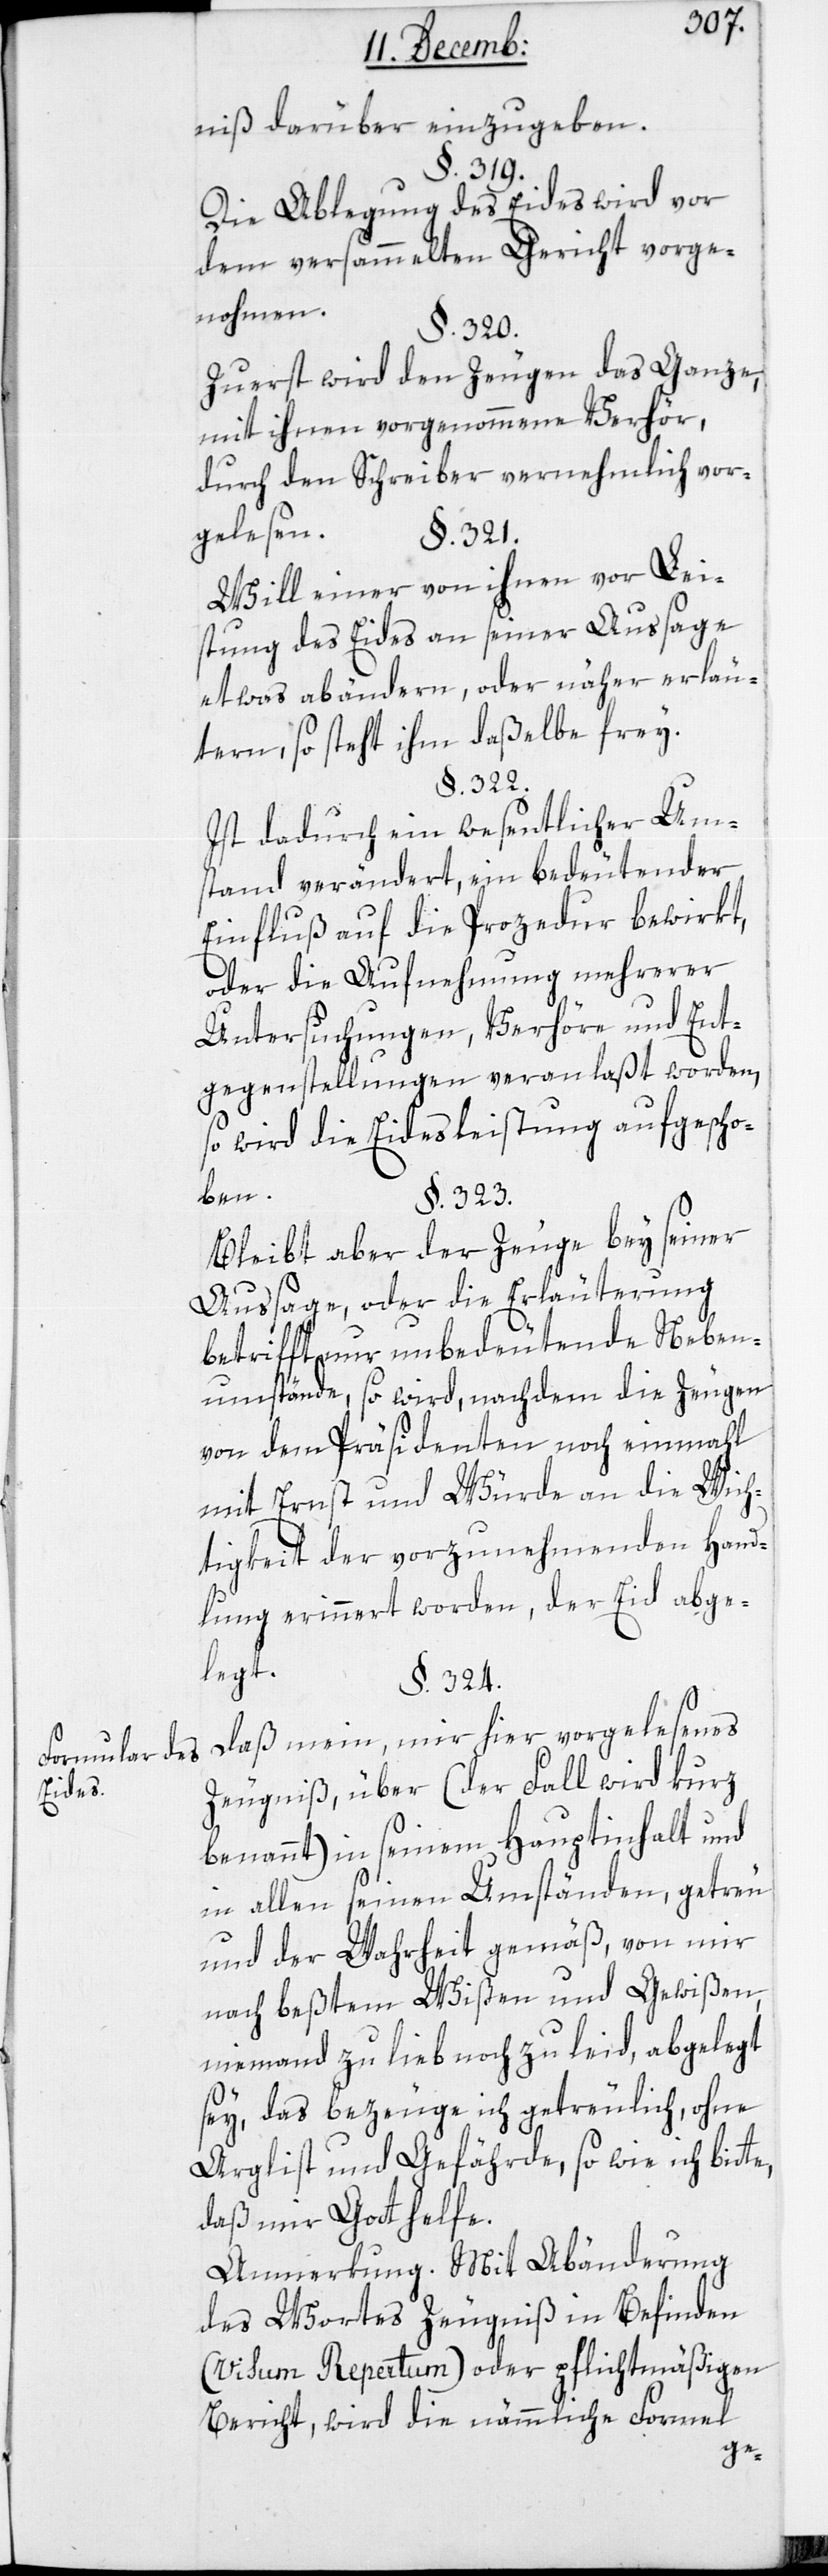
Formular des
Eides.

nis darüber einzugeben.
§. 319.
Die Ablegung des Eides wird vor
dem versammelten Gericht vorge¬
nohmen.
§. 320.
Zuerst wird den Zeugen das ganze
mit ihnen vorgenommene Verhör,
durch den Schreiber vernehmlich vor¬
gelesen.
§. 321.
Will einer von ihnen vor Lei¬
stung des Eides an seiner Aussage
etwas abändern oder näher erläu¬
tern, so steht ihm daßelbe frey.
§. 322.
Ist dadurch ein wesentlicher Um¬
stand verändert, ein bedeutender
Einfluß auf die Prozedur bewirkt,
oder die Aufnehmung mehrerer
Untersuchungen, Verhöre und Ent¬
gegenstellungen veranlaßt worden,
so wird die Eidesleistung aufgescho¬
ben.
§. 323.
Bleibt aber der Zeuge bey seiner
Aussage, oder die Erläuterung
betrifft nur unbedeutende Neben¬
umstände, so wird, nachdem die Zeugen
von dem Präsidenten noch einmahl
mit Ernst und Würde an die Wich¬
tigkeit der vorzunehmenden Hand¬
lung erinnert worden, der Eid abge¬
legt.
§. 324.
Daß mein, mir hier vorgelesenes
Zeugnis, über (der Fall wird kurz
benannt) in seinem Hauptinhalt und
in allen seinen Umständen, getreu
und der Wahrheit gemäß, von mir
nach beßtem Wißen und Gewißen,
niemand zu lieb noch zu leid, abgelegt
sey, das bezeuge ich getreulich, ohne
Arglist und Gefährde, so wie ich bitte,
daß mir Gott helfe.
Anmerkung. Mit Abänderung
des Wortes Zeugniß in Befinden
(Visum Repertum) oder pflichtmäßigen
Bericht, wird die nämmliche Formel